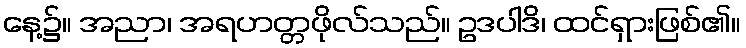
နေ့၌။ အညာ၊ အရဟတ္တဖိုလ်သည်။ ဥဒပါဒိ၊ ထင်ရှားဖြစ်၏။